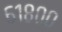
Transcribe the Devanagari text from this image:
६१८००